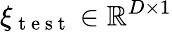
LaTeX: \xi_{\mathrm{~t~e~s~t~}}\in\mathbb{R}^{D\times 1}